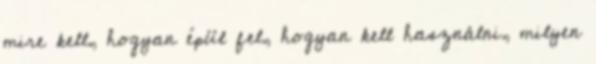
mire kell, hogyan épül fel, hogyan kell használni, milyen